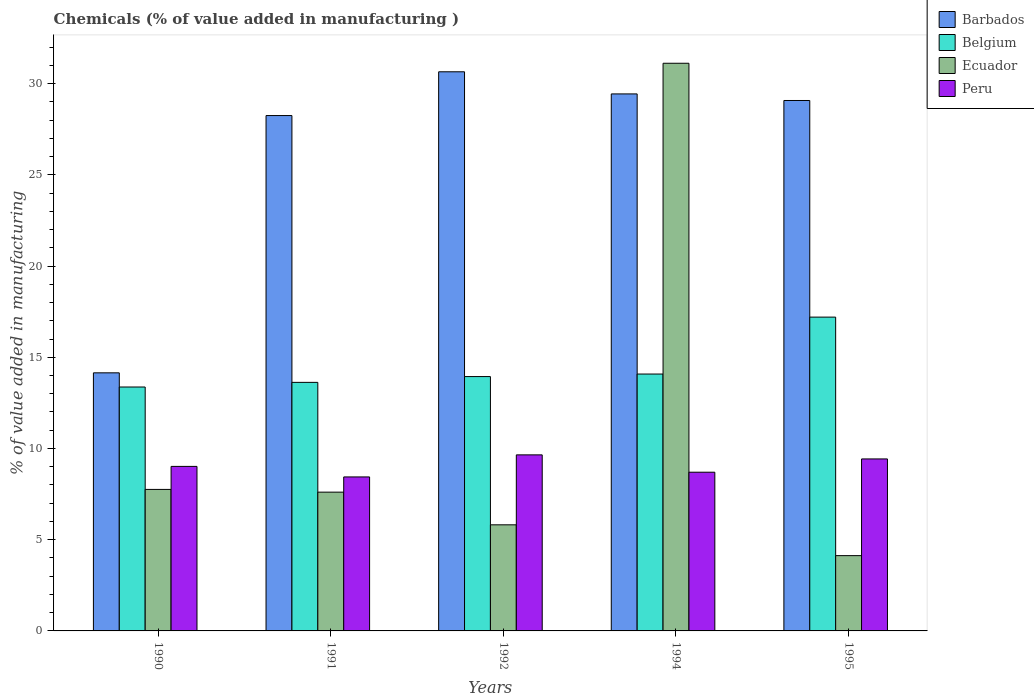
| Years | Barbados | Belgium | Ecuador | Peru |
 | --- | --- | --- | --- | --- |
 | 1990 | 14.1 | 13.4 | 7.76 | 9.02 |
 | 1991 | 28.2 | 13.6 | 7.61 | 8.44 |
 | 1992 | 30.6 | 13.9 | 5.82 | 9.65 |
 | 1994 | 29.4 | 14.1 | 31.1 | 8.7 |
 | 1995 | 29.1 | 17.2 | 4.13 | 9.43 |